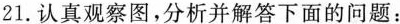
21.认真观察图，分析并解答下面的问题：